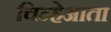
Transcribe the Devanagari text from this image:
चिन्हेआता